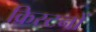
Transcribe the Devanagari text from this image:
क्रिस्टनों